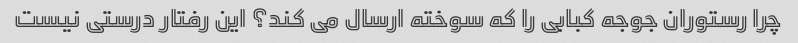
چرا رستوران جوجه کبابی را که سوخته ارسال می کند؟ این رفتار درستی نیست